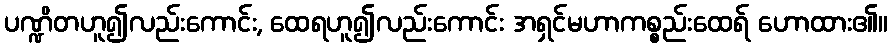
ပဏ္ဍိတဟူ၍လည်းကောင်း, ထေရဟူ၍လည်းကောင်း အရှင်မဟာကစ္စည်းထေရ် ဟောထား၏။